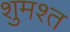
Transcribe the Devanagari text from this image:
शुमश्त